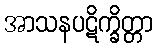
အာသနပဋိက္ခိတ္တာ